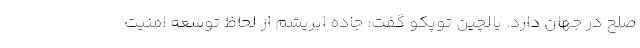
صلح در جهان دارد. یالچین توپکو گفت: جاده ابریشم از لحاظ توسعه امنیت